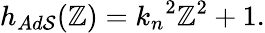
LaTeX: h_{Ad\mathcal{S}}(\mathbb{Z})={k_{n}}^{2}\mathbb{Z}^{2}+1.